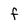
Character: f